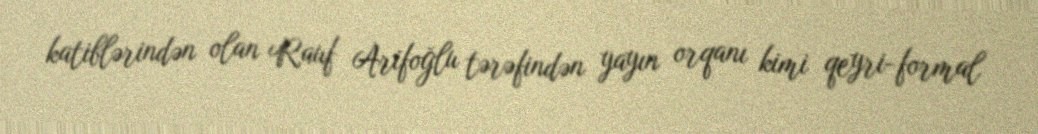
katiblərindən olan Rauf Arifoğlu tərəfindən yayın orqanı kimi qeyri-formal